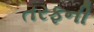
તરફની